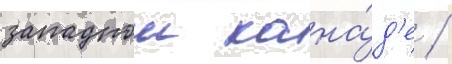
западнои кана́д'е /